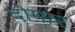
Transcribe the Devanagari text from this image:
दोमार